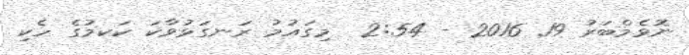
ނޮވެމްބަރު 19